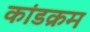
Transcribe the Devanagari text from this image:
कांडक्रम